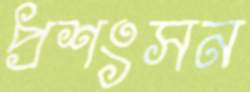
প্রশংসন